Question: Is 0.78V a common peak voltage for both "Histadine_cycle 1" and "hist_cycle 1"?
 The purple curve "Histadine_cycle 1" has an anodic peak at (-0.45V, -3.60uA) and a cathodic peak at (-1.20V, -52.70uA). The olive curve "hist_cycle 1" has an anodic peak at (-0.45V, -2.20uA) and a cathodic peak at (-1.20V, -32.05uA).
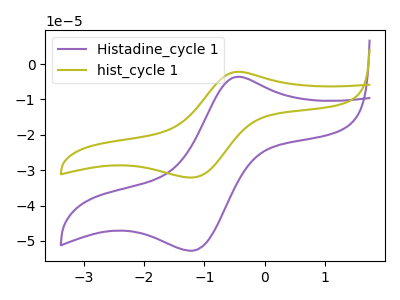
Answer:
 <answer>No, "Histadine_cycle 1" and "hist_cycle 1" dont share a peak at 0.78V.</answer>
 <eval>mismatch</eval>